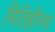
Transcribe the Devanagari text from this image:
मितिहीनच